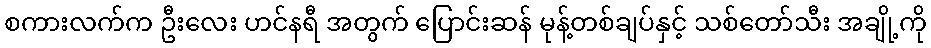
စကားလက်က ဦးလေး ဟင်နရီ အတွက် ပြောင်းဆန် မုန့်တစ်ချပ်နှင့် သစ်တော်သီး အချို့ကို